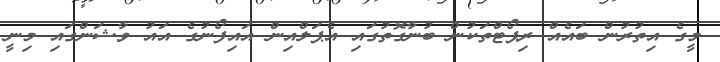
މީގެ އިތުރުން ބައެއް ރިޕޯޓްތަކުން ބުނާގޮތުގައި އެޕަލްއިން އައިފޯނުގެ އައު ވާޝަންގައި މިނީ